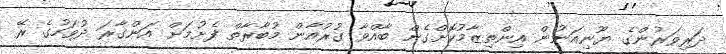
ދަރިވަރުންގެ ޔޫނިއަނުން އިންތިޒާމުކޮށްގެން ބާއްވާ ގުރުއާން މުބާރާތް ފެށުމަށް އަންގާރަ ދުވަހުގެ ރޭ